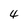
Character: 4